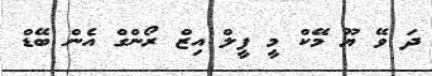
ދަ ވޭ ޔޫ މޭކް މީ ފީލް އިޒް ރޯންގް އެން ބޭޑް